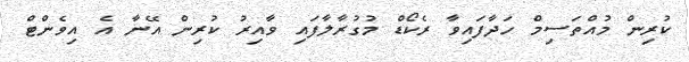
ކުރިން މުއްތަސިމް ހަދާފައިވާ ރެކޯޑް މުގުރާލާފައި ވާއިރު ކުރިން އޭނާ އެ އިވެންޓް